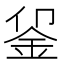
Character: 𬫅